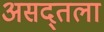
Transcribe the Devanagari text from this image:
असद्तला